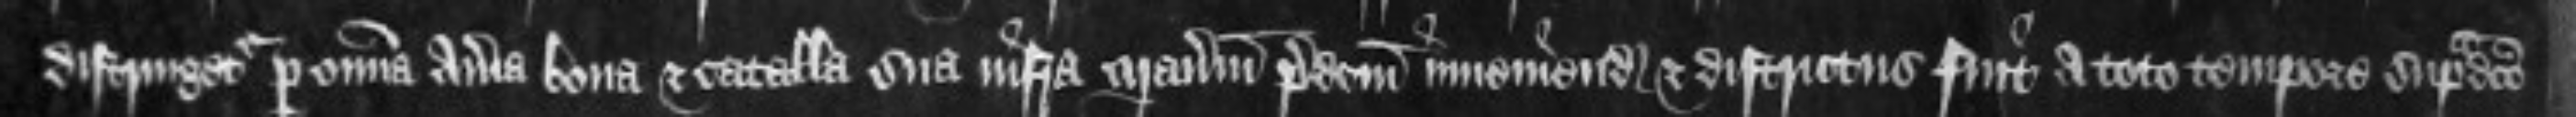
distringetur per omnia averia bona et catalla sua infra manerium predictum invenienda et districtus fuit a toto tempore supradicto